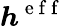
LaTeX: \boldsymbol{h}^{\mathrm{~e~f~f~}}